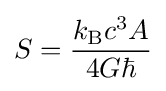
S={\frac {k_{\text{B}}c^{3}A}{4G\hbar }}